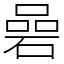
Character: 碞